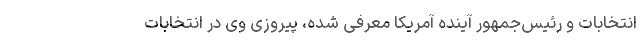
انتخابات و رئیس‌جمهور آینده آمریکا معرفی شده، پیروزی وی در انتخابات